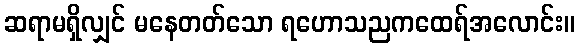
ဆရာမရှိလျှင် မနေတတ်သော ရဟောသညကထေရ်အလောင်း။